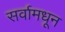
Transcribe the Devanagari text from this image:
सर्वामधून